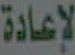
لإعادة